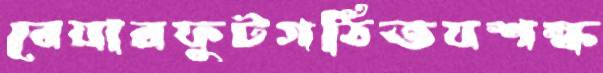
বেয়ারফুটগঠিতযশস্ক